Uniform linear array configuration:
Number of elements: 8
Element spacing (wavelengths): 1
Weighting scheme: hann
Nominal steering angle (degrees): -60
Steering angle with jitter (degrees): -60.228
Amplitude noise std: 0.05
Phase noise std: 0.05

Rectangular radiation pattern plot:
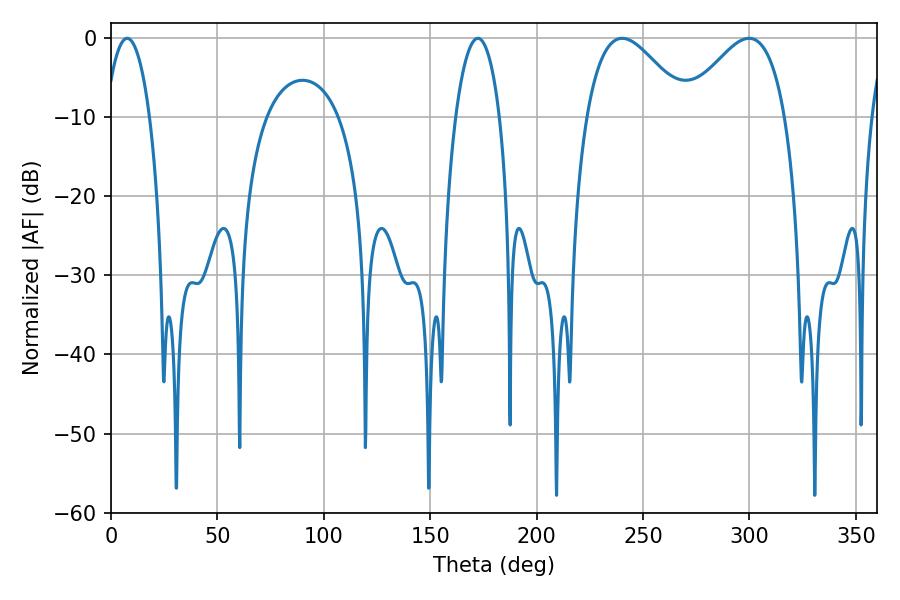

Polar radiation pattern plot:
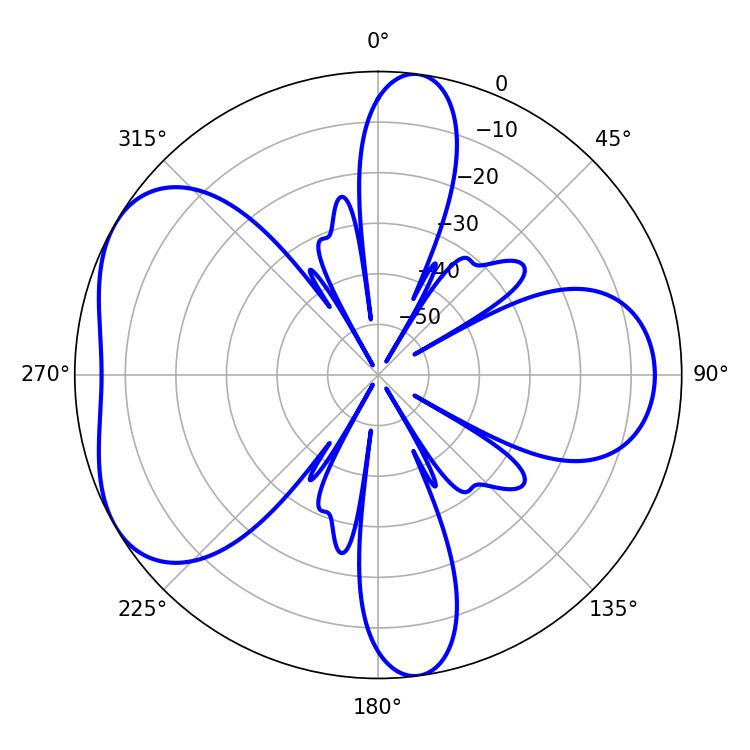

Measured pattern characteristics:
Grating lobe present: TRUE
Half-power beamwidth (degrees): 25.56
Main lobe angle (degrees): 240.12